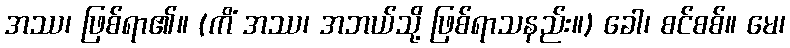
အဿ၊ ဖြစ်ရာ၏။ (ကိံ အဿ၊ အဘယ်သို့ ဖြစ်ရာသနည်း။) ခေါ၊ စင်စစ်။ မေ၊